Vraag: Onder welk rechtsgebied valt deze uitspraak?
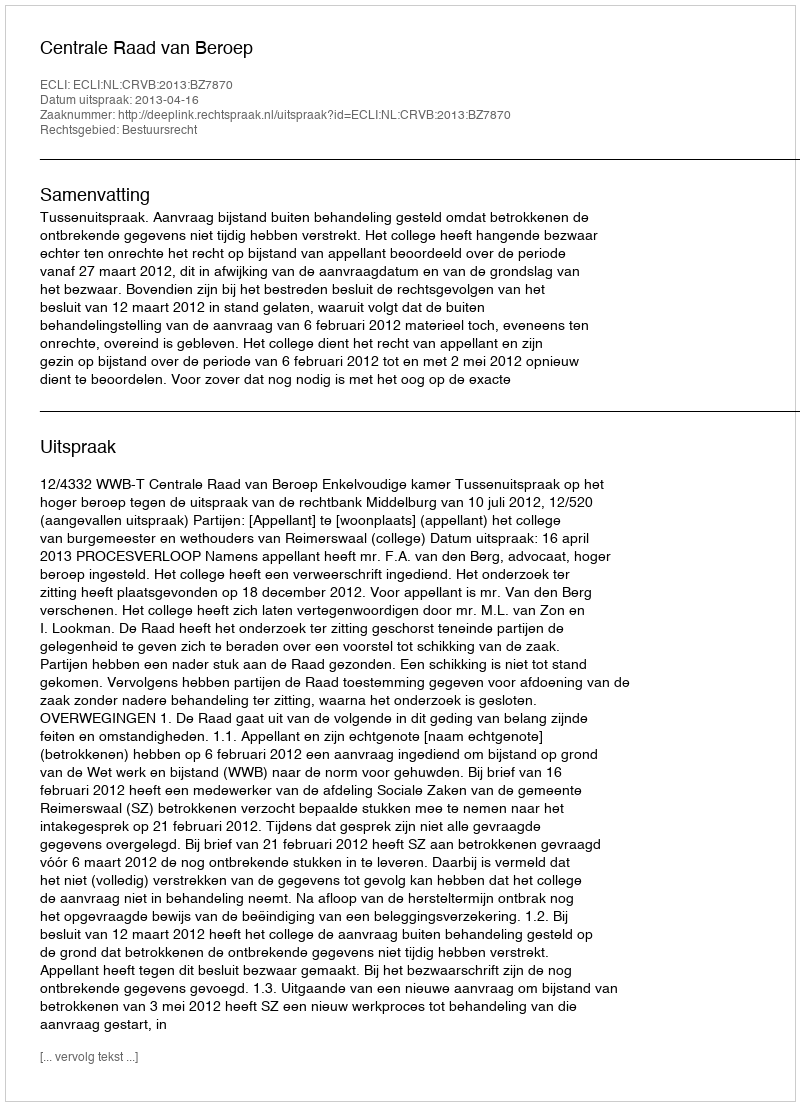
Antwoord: Bestuursrecht